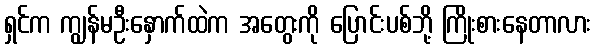
ရှင်က ကျွန်မဦးနှောက်ထဲက အတွေးကို ပြောင်းပစ်ဘို့ ကြိုးစားနေတာလား